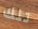
تلك